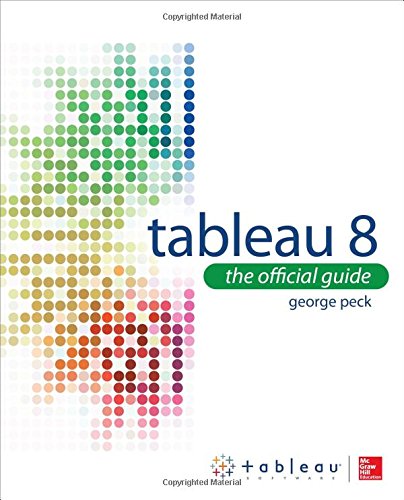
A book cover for Tableau 8: The Official Guide; George Peck; Computers & Technology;